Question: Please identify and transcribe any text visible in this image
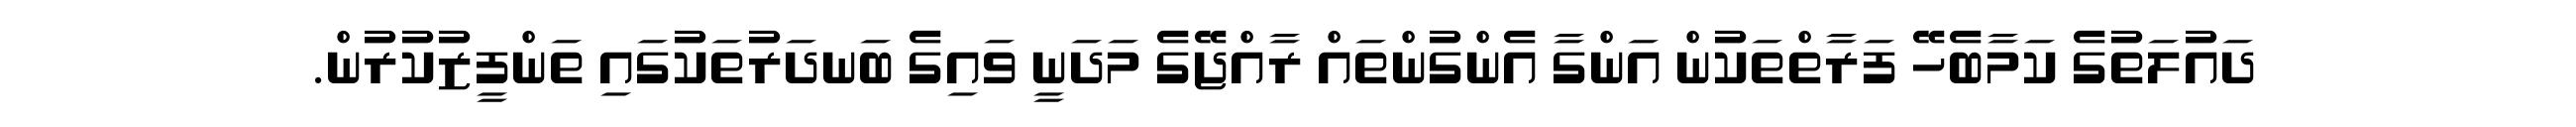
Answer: ދައުލަތުގެ ކަމާބެހޭ ފަރާތްތަކުން އަންގާ އެންގުންތައް ރާއްޖޭގެ މަދަނީ ވައިގެ ބަނދަރުތަކުގައި ތަންފީޒުކުރުން.